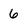
Character: 6